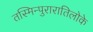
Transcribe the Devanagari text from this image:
तस्मिन्पुरारातिलोके